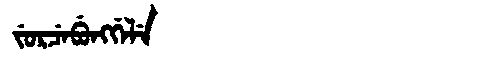
Manchu: ᠵᡠᡵᠴᡝᠪᡠᠩᡤᡝᠯᡝ
Romanization: JURCEBUNGGELE